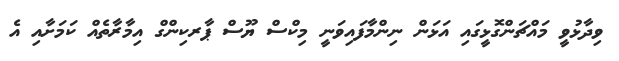
ވިދާޅުވީ މައްޗަންގޮޅީގައި އަޅަން ނިންމާފައިވަނީ މިކްސް ޔޫސް ޕާރކިންގް އިމާރާތެއް ކަމަށާއި އެ